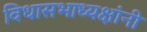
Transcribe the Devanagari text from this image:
विधासभाध्यक्षांनी